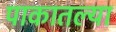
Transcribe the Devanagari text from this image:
पाकातल्या